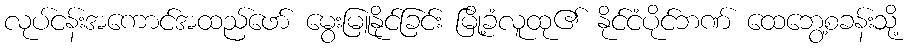
လုပ်ငန်းအကောင်အထည်ဖော် မွေးမြူနိုင်ခြင်း မြို့ခံလူထု၏ နိုင်ငံပိုင်ဘဏ် ထေဘွေ့စခန်းသို့